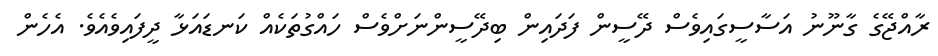
ރާއްޖޭގެ ގާނޫނު އަސާސީގައިވެސް ދޭސީން ފަދައިން ބިދޭސީންނަށްވެސް ހައްގުތަކެއް ކަނޑައަޅާ ދީފައިވެއެވެ. އެހެން